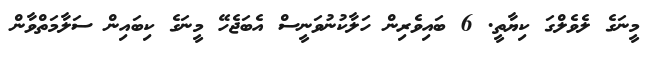
މީނަގެ ލެވެލްގަ ކިޔާތީ. 6 ބައިވެރިން ހަލާކުނުވަނީސް އެބަޖެހޭ މީނަގެ ކިބައިން ސަލާމަތްވާން